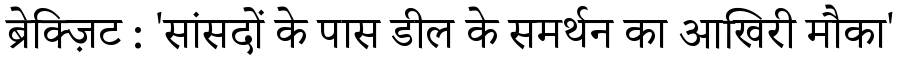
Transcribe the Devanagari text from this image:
ब्रेक्ज़िट : 'सांसदों के पास डील के समर्थन का आखिरी मौका'